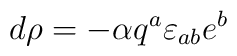
d \rho =- {\alpha} q^{a}\varepsilon_{ab}e^{b}